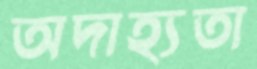
অদাহ্যতা